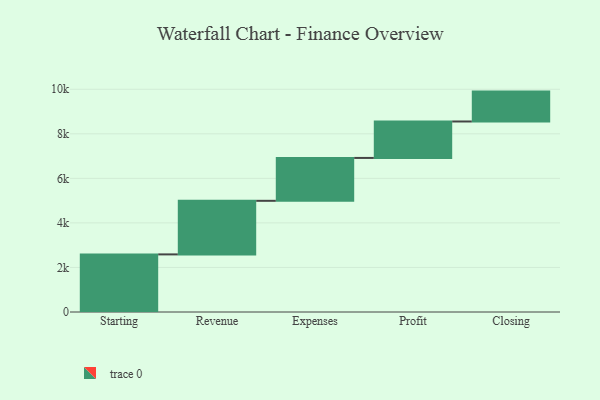
{"axis": {"x": "Step", "y": "Value"}, "legend": [""], "data": [{"x": "Starting", "y": 2586.0, "type": ""}, {"x": "Revenue", "y": 2406.0, "type": ""}, {"x": "Expenses", "y": 1925.0, "type": ""}, {"x": "Profit", "y": 1636.0, "type": ""}, {"x": "Closing", "y": 1342.0, "type": ""}]}